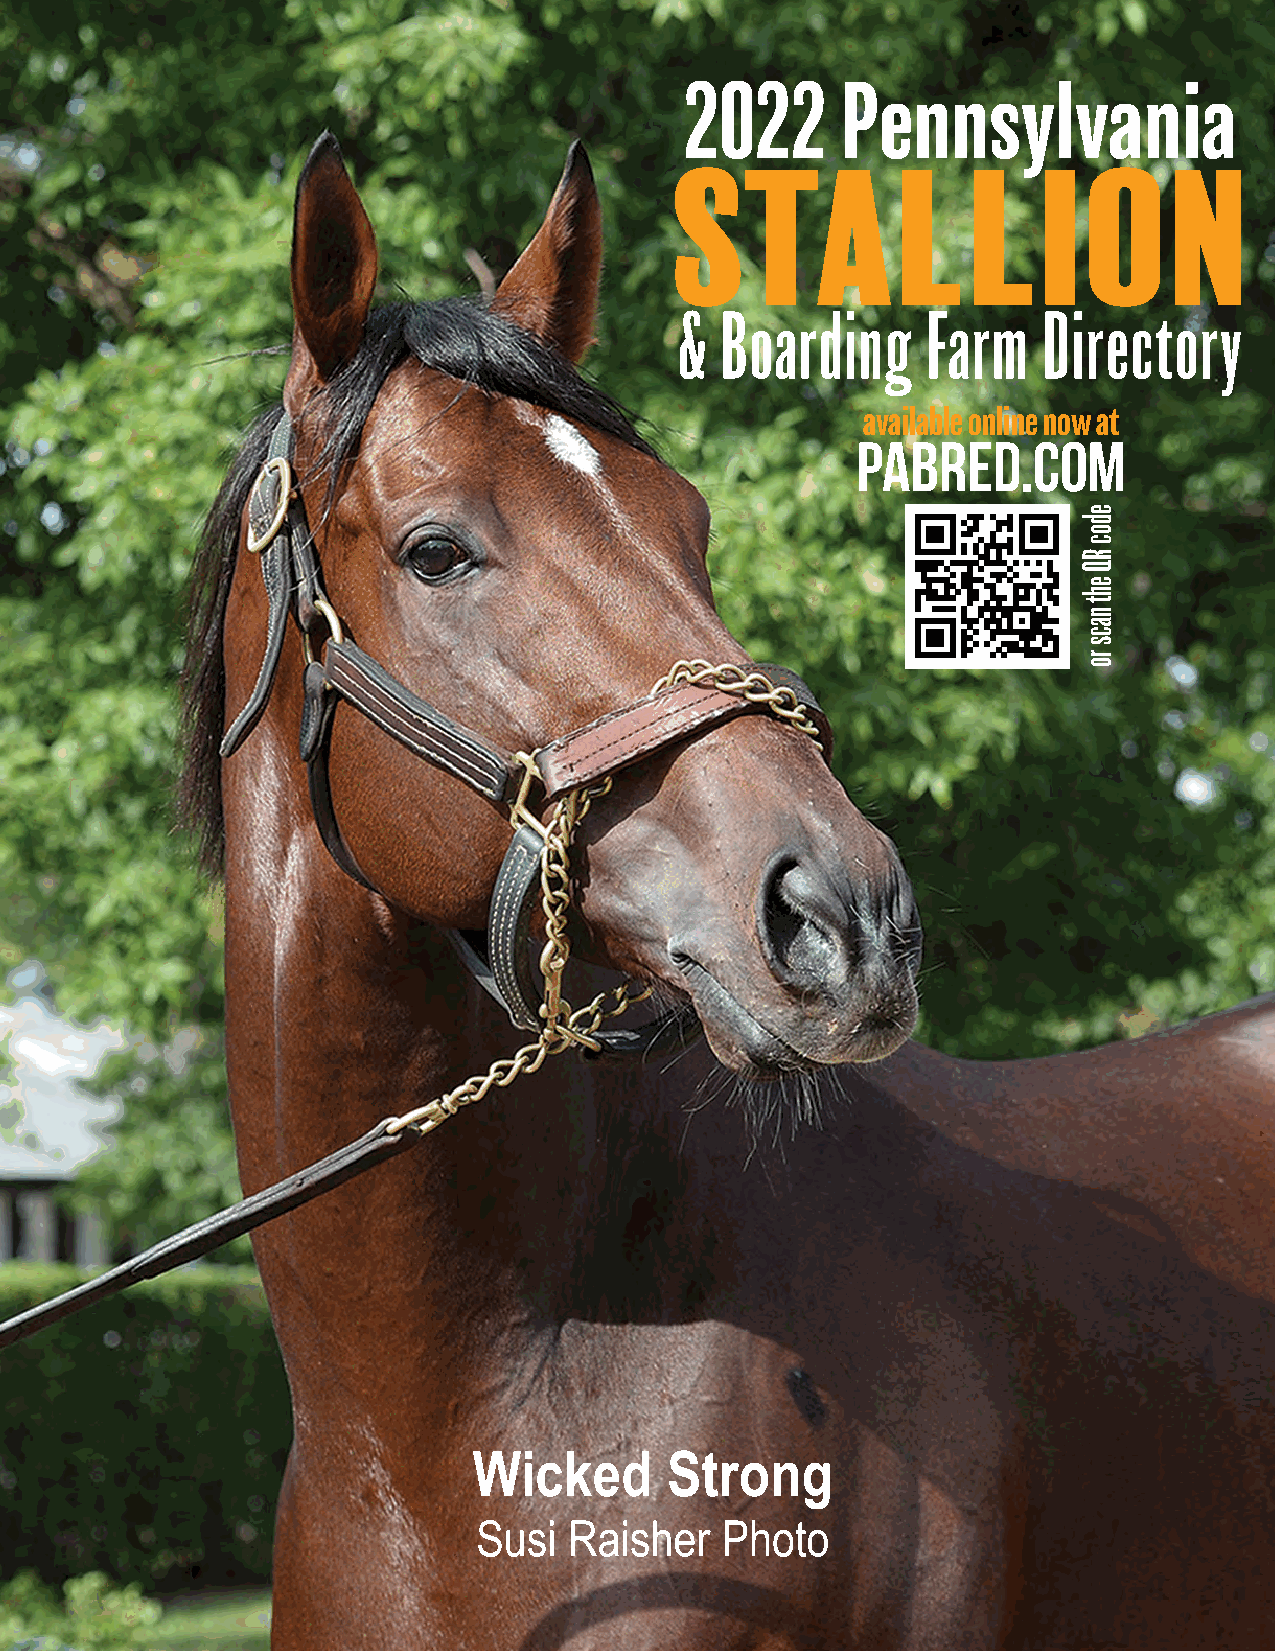
2022       Pennsylvania
 STALLION
 &  Boarding     Farm    Directory
 available online now at
 PABred.com
 Wicked       Strong
 Susi  Raisher   Photo
 6
 edoc
 RQ
 eht
 nacs
 ro